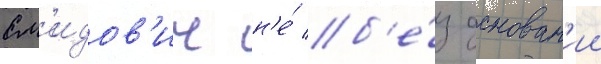
См'идов'ич н'е́ б'е́з основан'ии